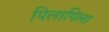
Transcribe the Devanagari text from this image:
पिलापिला